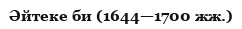
Әйтеке би (1644—1700 жж.)